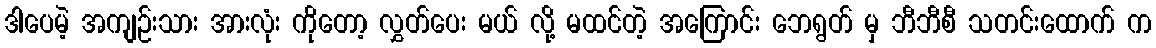
ဒါပေမဲ့ အကျဉ်းသား အားလုံး ကိုတော့ လွှတ်ပေး မယ် လို့ မထင်တဲ့ အကြောင်း ဘေရွတ် မှ ဘီဘီစီ သတင်းထောက် က